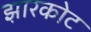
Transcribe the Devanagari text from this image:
झारकोट